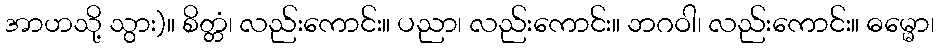
အာဟသို့ သွား)။ စိတ္တံ၊ လည်းကောင်း။ ပညာ၊ လည်းကောင်း။ ဘဂဝါ၊ လည်းကောင်း။ ဓမ္မော၊